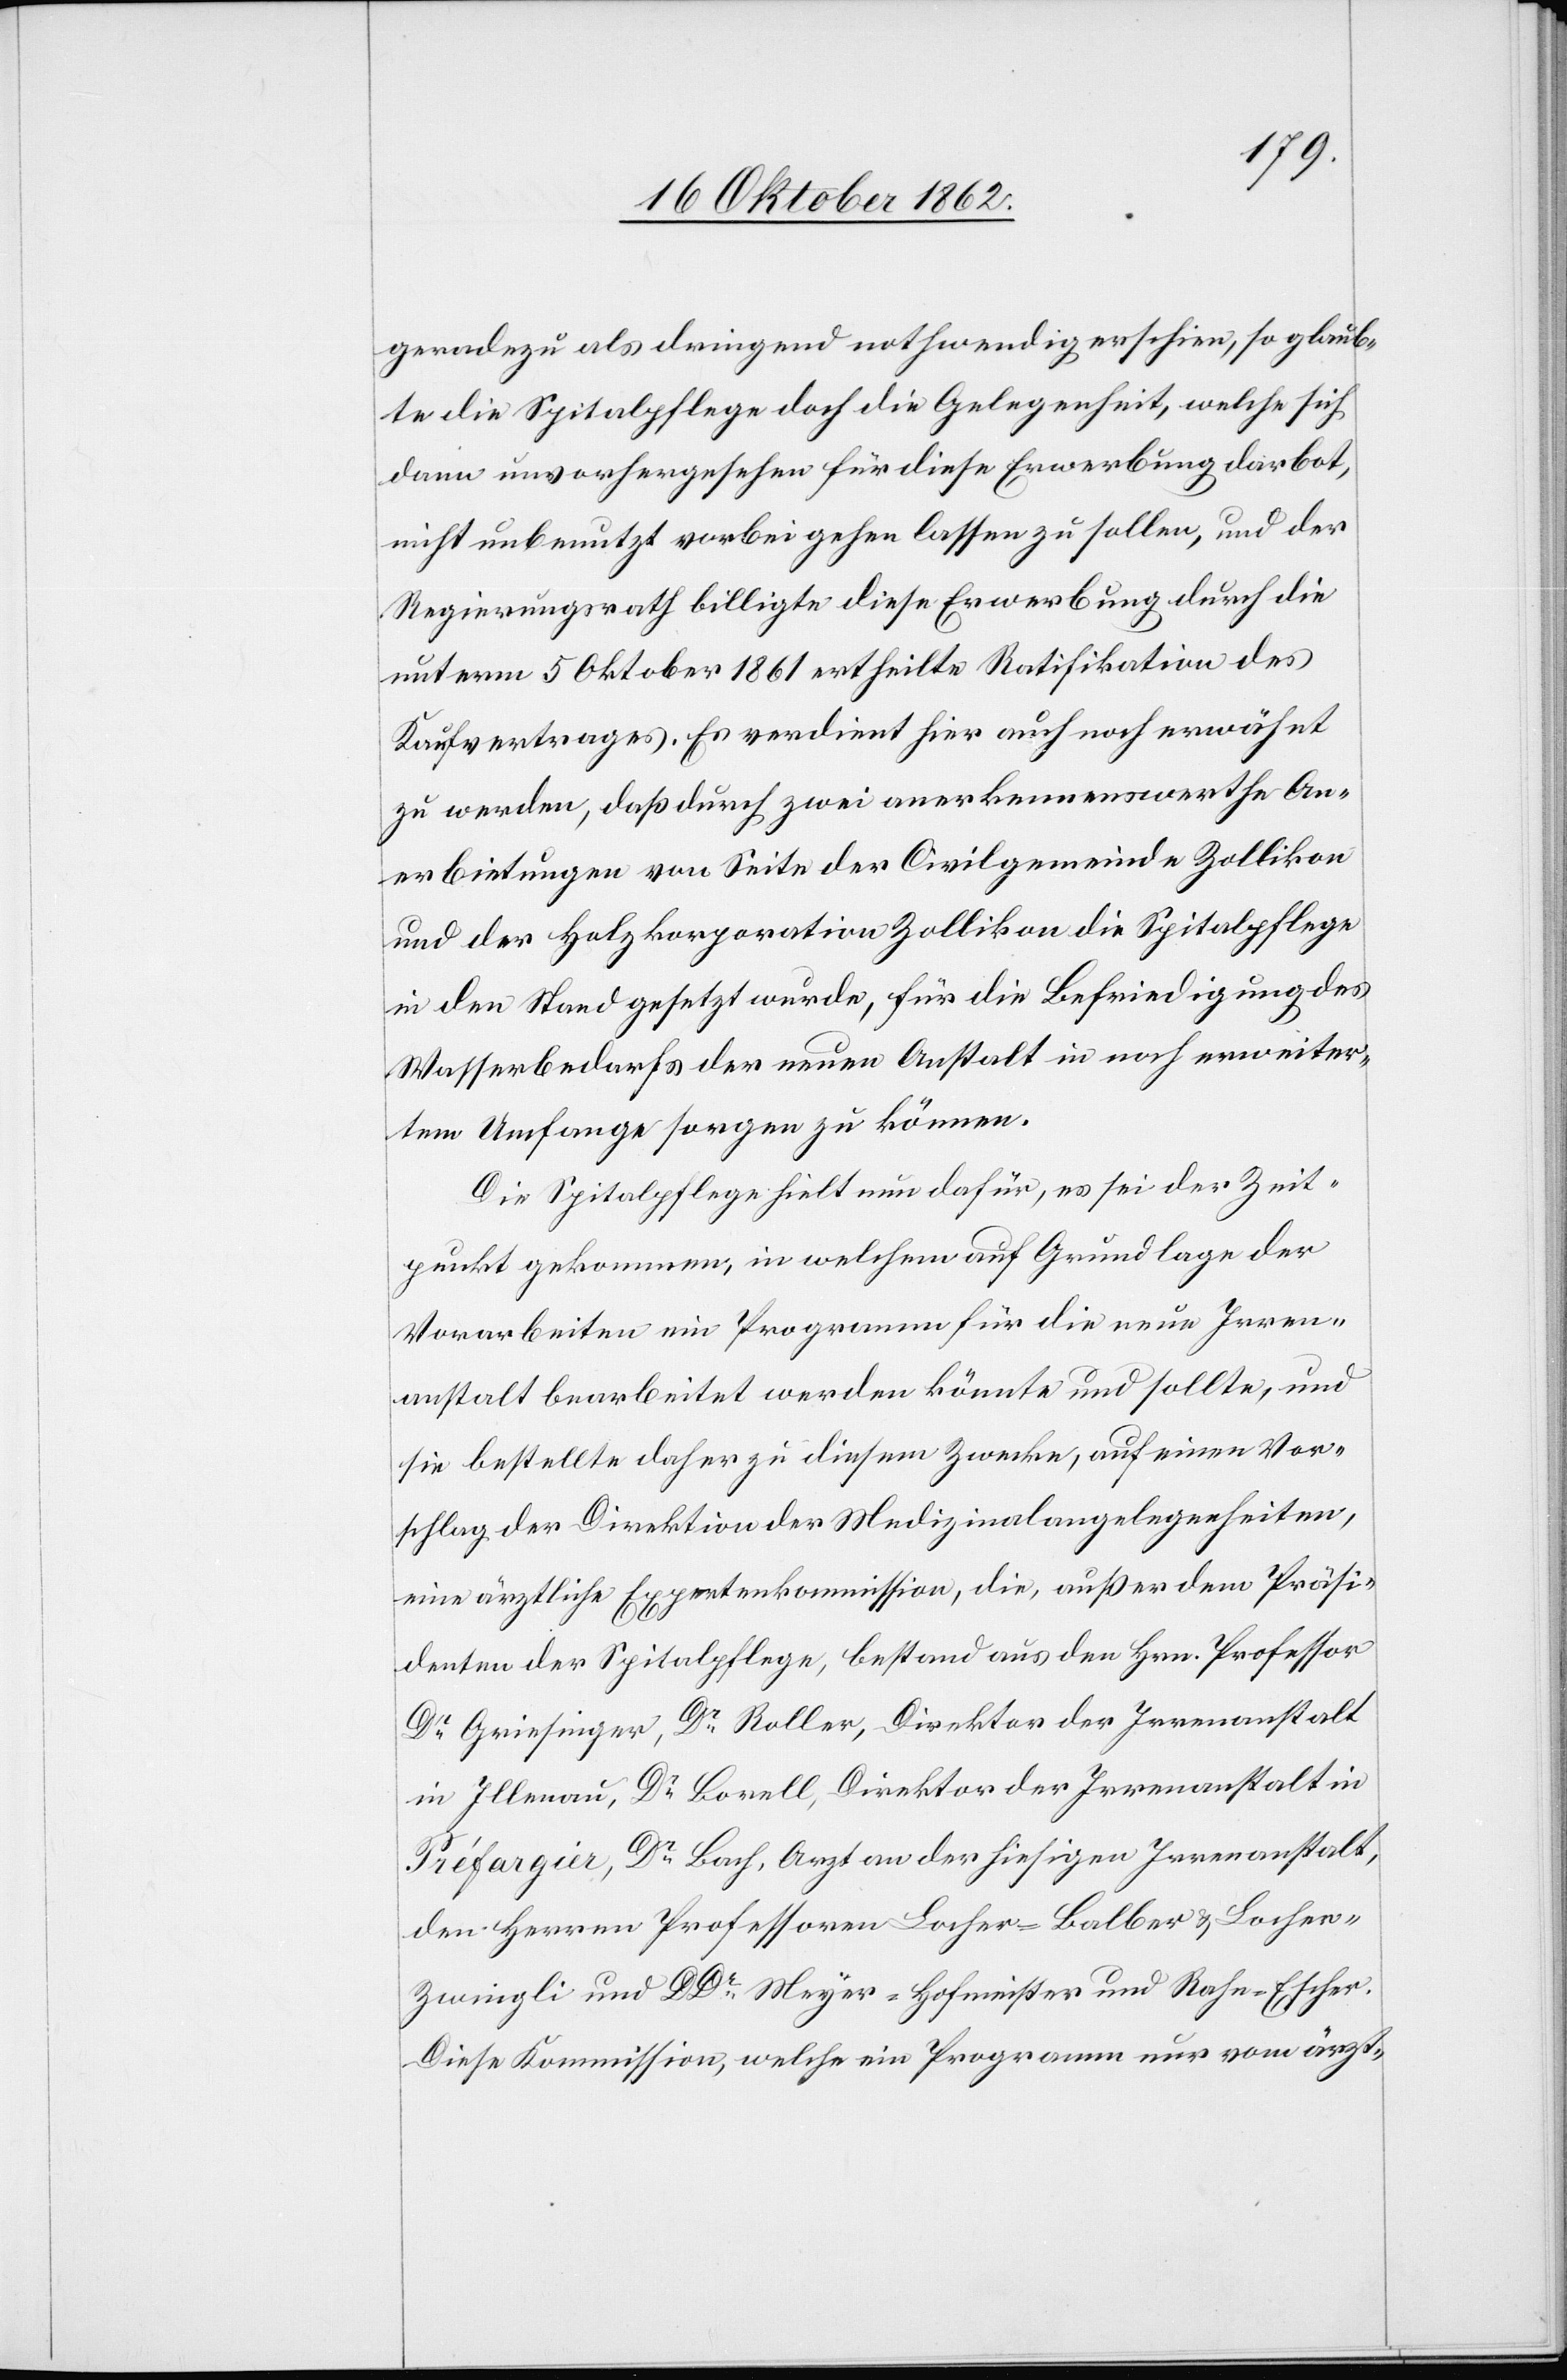
geradezu dringend nothwendig erschien, so glaub¬
te die Spitalpflege doch die Gelegenheit, welche sich
dann unvorhergesehen für diese Erwerbung darbot,
nicht unbenutzt vorbei gehen lassen zu sollen, und der
Regierungsrath billigte diese Erwerbung durch die
unterm 5. Oktober 1861 ertheilte Ratifikation des
Kaufvertrages. Es verdient hier auch noch erwähnt
zu werden, daß durch zwei anerkennenswerthe An¬
erbietungen von Seite der Civilgemeinde Zollikon
und der Holzkorporation Zollikon die Spitalpflege
in den Stand gesetzt wurde, für die Befriedigung des
Wasserbedarfs der neuen Anstalt in noch erweiter¬
tem Umfange sorgen zu können.
Die Spitalpflege hielt nun dafür, es sei der Zeit¬
punkt gekommen, in welchem auf Grundlage der
Vorarbeiten ein Programm für die neue Irren¬
anstalt bearbeitet werden könnte und sollte, und
sie bestellte daher zu diesem Zwecke, auf einen Vor¬
schlag der Direktion der Medizinalangelegenheiten,
eine ärztliche Expertenkommission, die, außer dem Präsi¬
denten der Spitalpflege, bestand aus den Hrn. Professor
Dr. Griesinger, Dr. Roller, Direktor der Irrenanstalt
in Illnau, Dr. Borell, Direktor der Irrenanstalt in
Préfargier, Dr. Bach, Arzt an der hiesigen Irrenanstalt,
den Herren Professoren Locher-Bolber u. Loche¬
r-Zwingli und DDr. Meyer-Hofmeister und Rahn-Escher.
Diese Kommission, welche ein Programm nur vom ärzt-